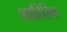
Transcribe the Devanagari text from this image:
शारिरिक